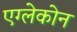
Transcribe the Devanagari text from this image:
एग्लेकोन